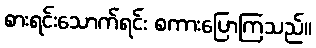
စားရင်းသောက်ရင်း စကားပြောကြသည်။